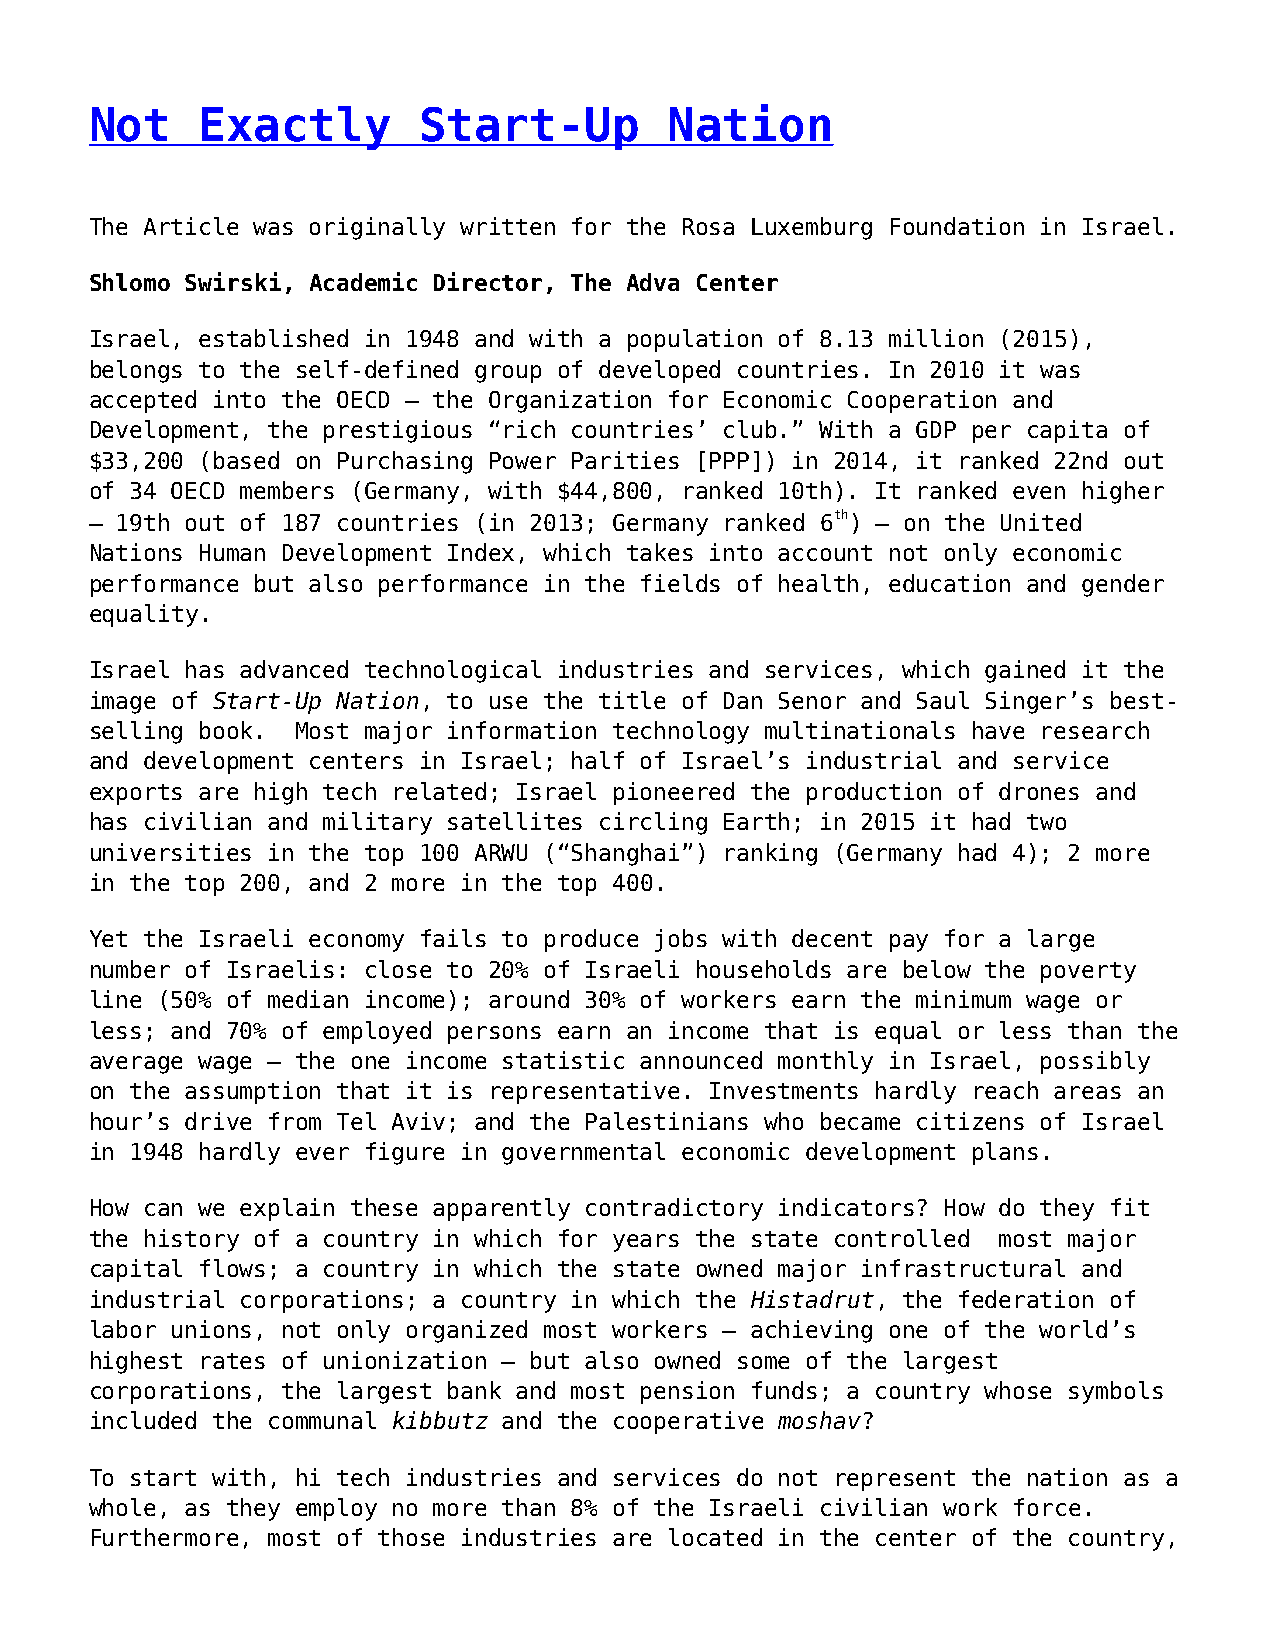
Not    Exactly        Start-Up        Nation
 The Article was originally written for the Rosa Luxemburg Foundation in Israel.
 Shlomo Swirski, Academic Director, The Adva Center
 Israel, established in 1948 and with a population of 8.13 million (2015),
 belongs to the self-defined group of developed countries. In 2010 it was
 accepted into the OECD – the Organization for Economic Cooperation and
 Development, the prestigious “rich countries’ club.” With a GDP per capita of
 $33,200 (based on Purchasing Power Parities [PPP]) in 2014, it ranked 22nd out
 of 34 OECD members (Germany, with $44,800, ranked 10th). It ranked even higher
 – 19th out of 187 countries (in 2013; Germany ranked 6th) — on the United
 Nations Human Development Index, which takes into account not only economic
 performance but also performance in the fields of health, education and gender
 equality.
 Israel has advanced technological industries and services, which gained it the
 image of Start-Up Nation, to use the title of Dan Senor and Saul Singer’s best-
 selling book. Most major information technology multinationals have research
 and development centers in Israel; half of Israel’s industrial and service
 exports are high tech related; Israel pioneered the production of drones and
 has civilian and military satellites circling Earth; in 2015 it had two
 universities in the top 100 ARWU (“Shanghai”) ranking (Germany had 4); 2 more
 in the top 200, and 2 more in the top 400.
 Yet the Israeli economy fails to produce jobs with decent pay for a large
 number of Israelis: close to 20% of Israeli households are below the poverty
 line (50% of median income); around 30% of workers earn the minimum wage or
 less; and 70% of employed persons earn an income that is equal or less than the
 average wage — the one income statistic announced monthly in Israel, possibly
 on the assumption that it is representative. Investments hardly reach areas an
 hour’s drive from Tel Aviv; and the Palestinians who became citizens of Israel
 in 1948 hardly ever figure in governmental economic development plans.
 How can we explain these apparently contradictory indicators? How do they fit
 the history of a country in which for years the state controlled most major
 capital flows; a country in which the state owned major infrastructural and
 industrial corporations; a country in which the Histadrut, the federation of
 labor unions, not only organized most workers – achieving one of the world’s
 highest rates of unionization – but also owned some of the largest
 corporations, the largest bank and most pension funds; a country whose symbols
 included the communal kibbutz and the cooperative moshav?
 To start with, hi tech industries and services do not represent the nation as a
 whole, as they employ no more than 8% of the Israeli civilian work force.
 Furthermore, most of those industries are located in the center of the country,